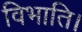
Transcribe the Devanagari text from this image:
विभाति।